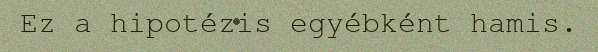
Ez a hipotézis egyébként hamis.